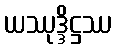
ယဿုဒ္ဒိဋ္ဌဿ